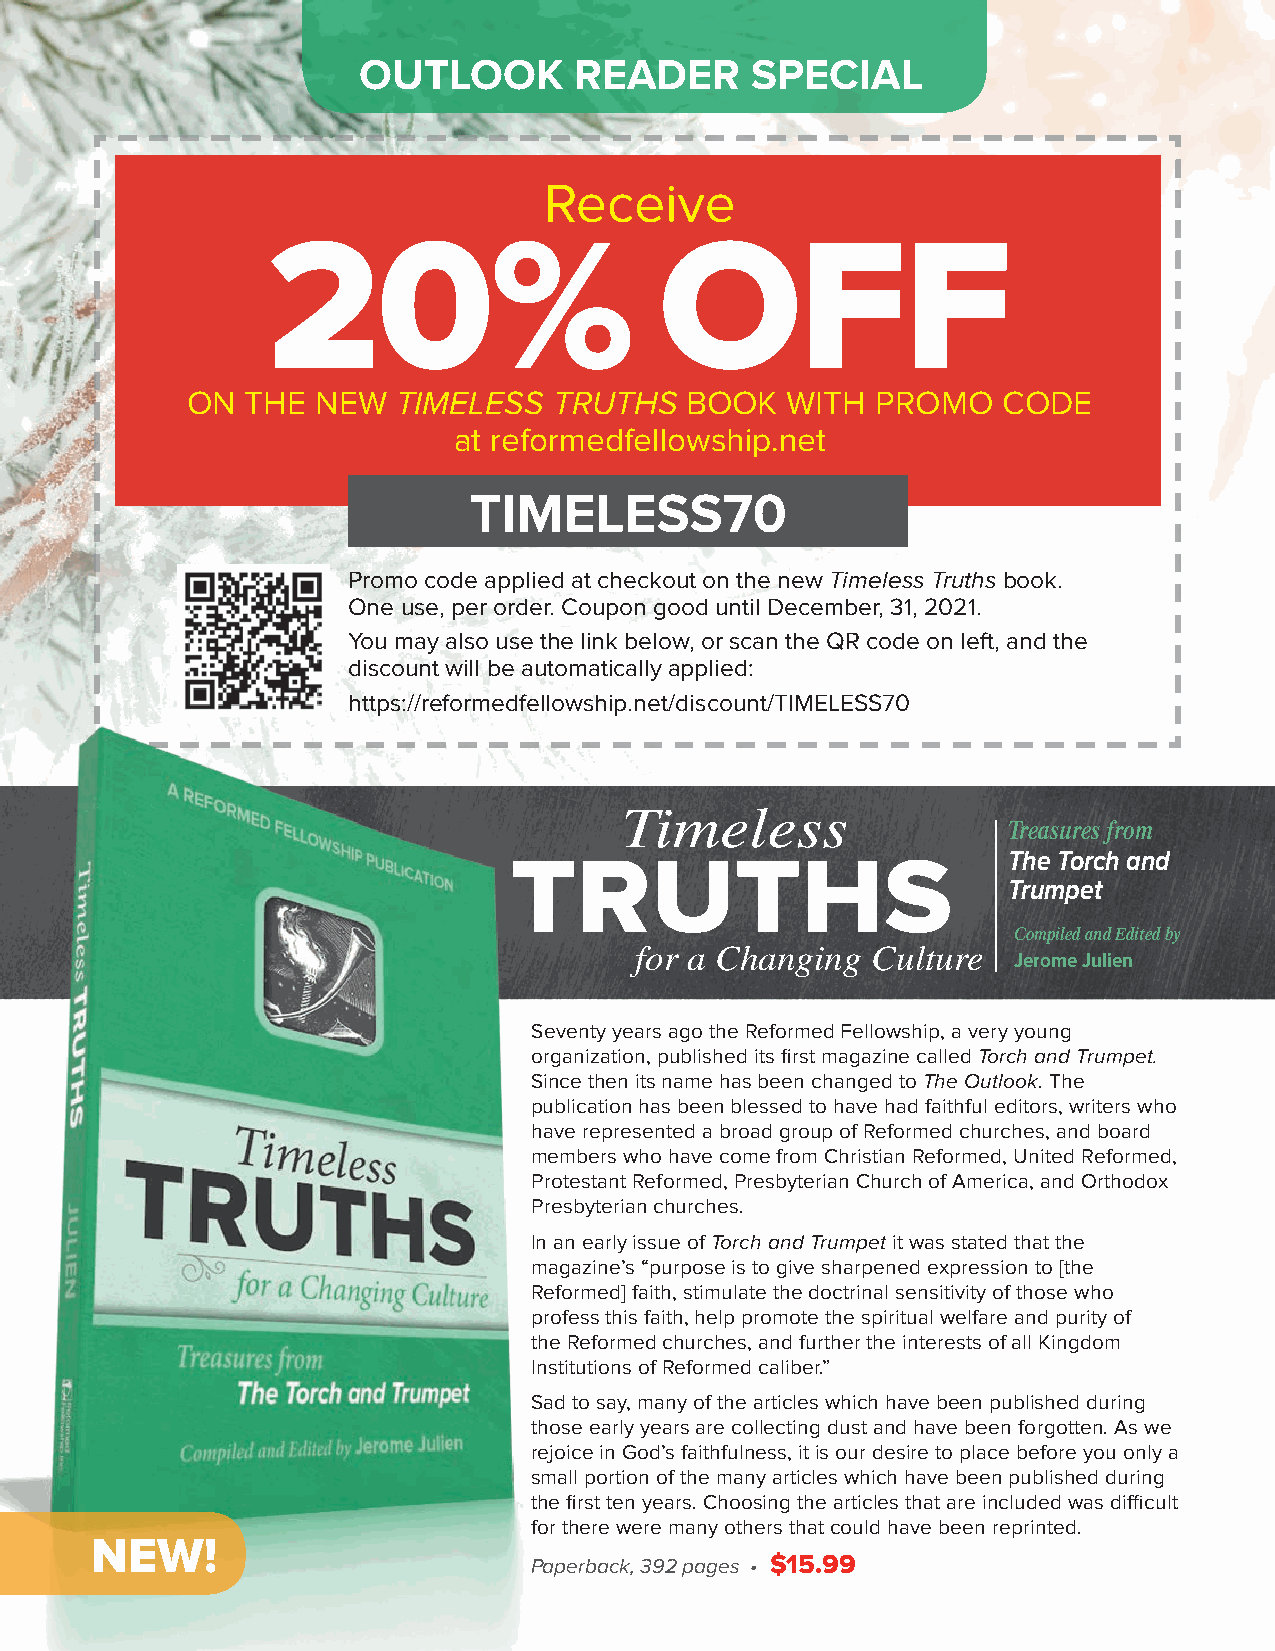
OUTLOOK       READER      SPECIAL
 Receive
 20%                       OFF
 ON  THE  NEW  TIMELESS   TRUTHS  BOOK   WITH  PROMO   CODE
 at reformedfellowship.net
 TIMELESS70
 Promo code applied at checkout on the new Timeless Truths book.
 One use, per order. Coupon good until December, 31, 2021.
 You may also use the link below, or scan the QR code on left, and the
 discount will be automatically applied:
 https://reformedfellowship.net/discount/TIMELESS70
 Timeless
 Treasures from
 The Torch and
 TRUTHS
 Trumpet
 Compiled and Edited by
 for a Changing  Culture
 Jerome Julien
 Seventy years ago the Reformed Fellowship, a very young
 organization, published its first magazine called Torch and Trumpet.
 Since then its name has been changed to The Outlook. The
 publication has been blessed to have had faithful editors, writers who
 have represented a broad group of Reformed churches, and board
 members who have come from Christian Reformed, United Reformed,
 Protestant Reformed, Presbyterian Church of America, and Orthodox
 Presbyterian churches.
 In an early issue of Torch and Trumpet it was stated that the
 magazine’s “purpose is to give sharpened expression to [the
 Reformed] faith, stimulate the doctrinal sensitivity of those who
 profess this faith, help promote the spiritual welfare and purity of
 the Reformed churches, and further the interests of all Kingdom
 Institutions of Reformed caliber.”
 Sad to say, many of the articles which have been published during
 those early years are collecting dust and have been forgotten. As we
 rejoice in God’s faithfulness, it is our desire to place before you only a
 small portion of the many articles which have been published during
 the first ten years. Choosing the articles that are included was difficult
 for there were many others that could have been reprinted.
 NEW!
 Paperback, 392 pages • $15.99